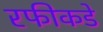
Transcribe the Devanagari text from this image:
रफीकडे